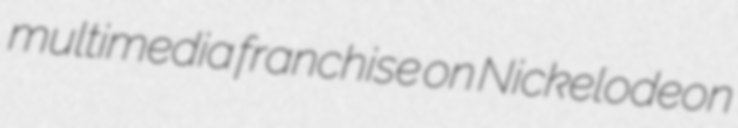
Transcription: multimedia franchise on Nickelodeon